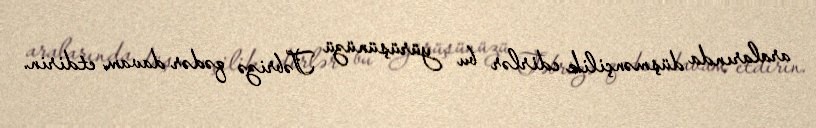
aralarında düşmənçilik edirlər bu yürüşünüzü Təbrizə qədər davam etdirin.